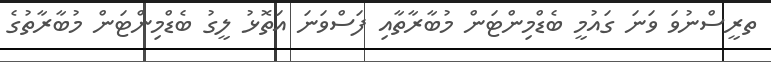
ތރީސްނުވަ ވަނަ ގައުމީ ބެޑްމިންޓަން މުބާރާތާއި ފަސްވަނަ އަތޮޅު ލީގު ބެޑްމިންޓަން މުބާރާތުގެ